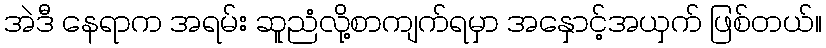
အဲဒီ နေရာက အရမ်း ဆူညံလို့စာကျက်ရမှာ အနှောင့်အယှက် ဖြစ်တယ်။